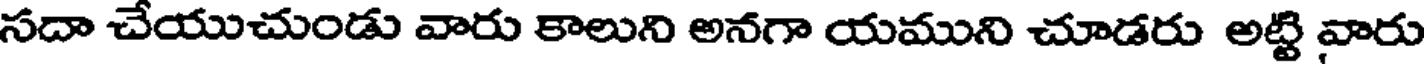
సదా చేయుచుండు వారు కాలుని అనగా యముని చూడరు అట్టి వారు